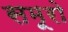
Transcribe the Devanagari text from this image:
समूरो